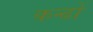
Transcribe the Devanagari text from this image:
कन्ढों